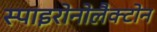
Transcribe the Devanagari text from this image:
स्पाइरोनोलैक्टोन